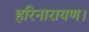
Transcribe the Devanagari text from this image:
हरिनारायण।